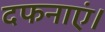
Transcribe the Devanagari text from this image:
दफनाएं।